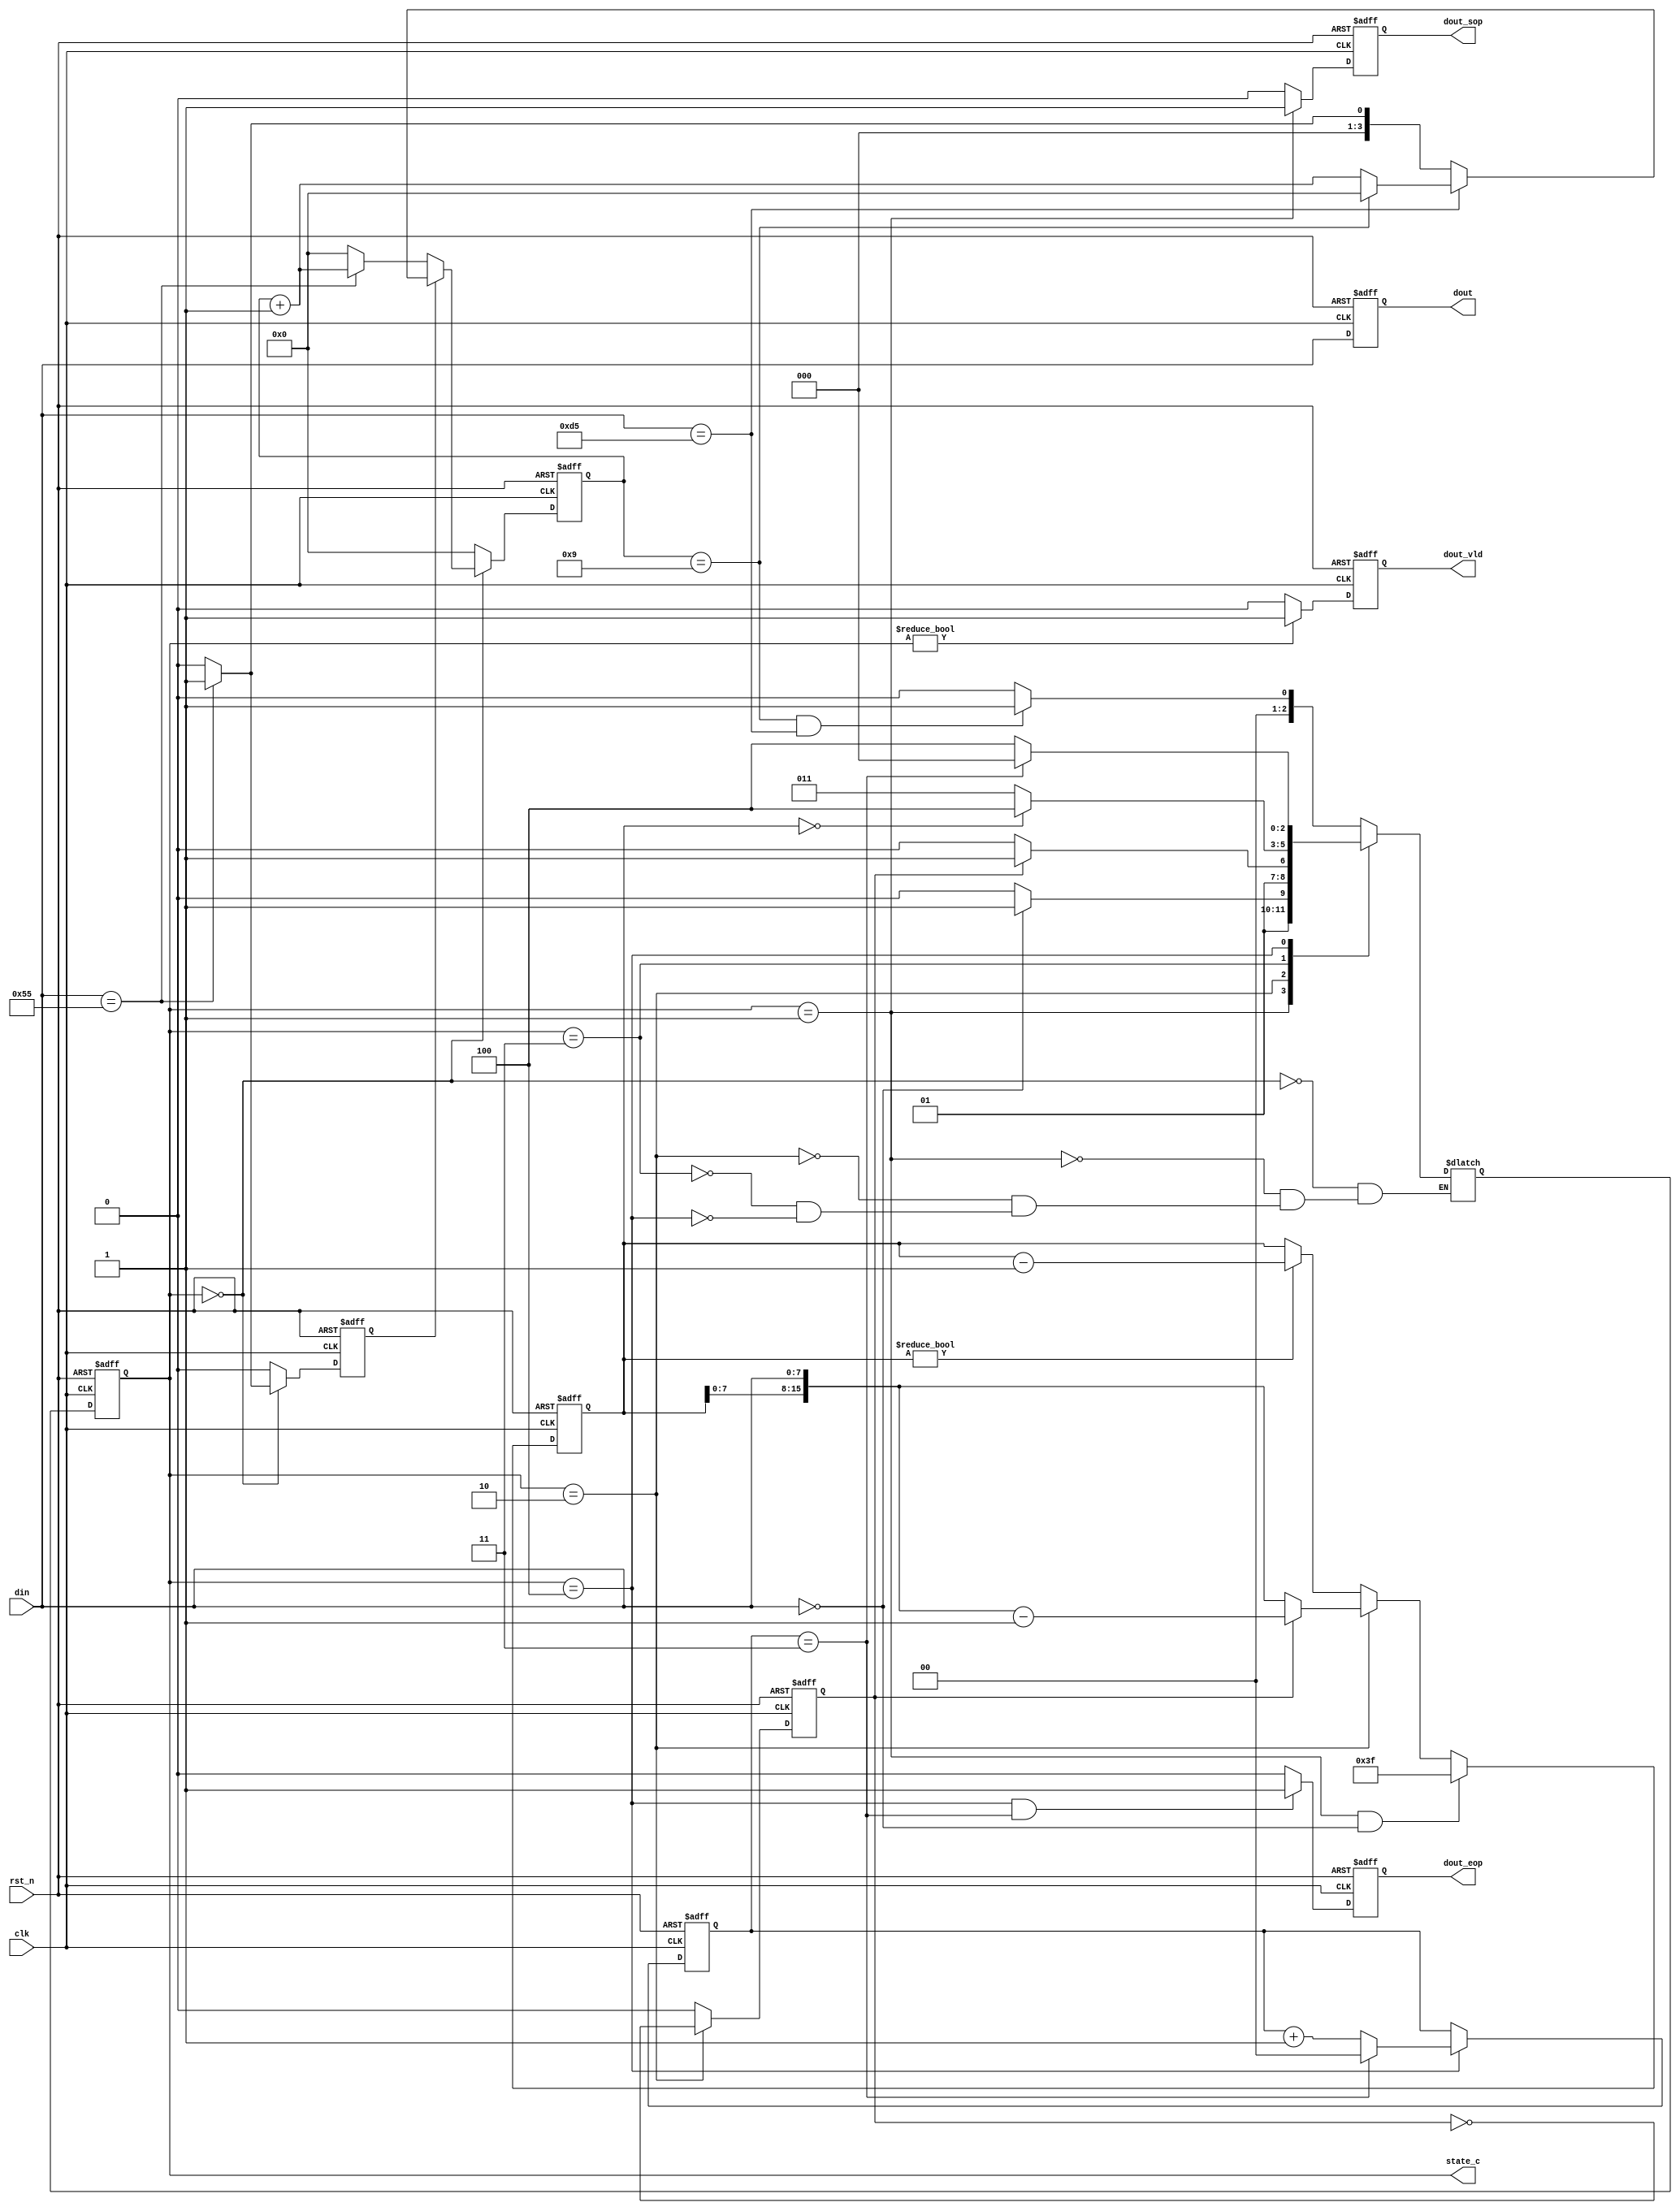
module statepack(
    clk    ,
    rst_n  ,
    din    ,

    state_c,
    dout   ,
    dout_vld,
    dout_sop,
    dout_eop
    );

    parameter      HEAD =         3'b000;
    parameter      TYPE =         3'b001;
    parameter      LEN =          3'b010;
    parameter      DATA =         3'b011;
    parameter      FCS =          3'b100;
    parameter      CTRL_PKT_LEN = 64    ;

    input               clk    ;
    input               rst_n  ;
    input[7:0]          din    ;

    output[2:0]         state_c;
    output[7:0]         dout   ;
    output              dout_vld;
    output              dout_sop;
    output              dout_eop;

    reg[2:0]         state_c;
    reg[2:0]         state_n;
    reg[3:0]         head_cnt;
    reg              head_flag;
    reg              len_cnt  ;
    reg[15:0]        data_cnt ;
    reg[1:0]         fcs_cnt  ;
    reg[7:0]         dout   ;
    reg              dout_vld;
    reg              dout_sop;
    reg              dout_eop;

 
    always@(posedge clk or negedge rst_n)begin
        if(!rst_n)begin
            state_c <= HEAD;
        end
        else begin
            state_c <= state_n;
        end
    end


    always@(*)begin
        case(state_c)
            HEAD:begin
                if(head_cnt == 9 && din == 8'hd5)begin
                    state_n = TYPE;
                end
                else begin
                    state_n = HEAD;
                end
            end
            TYPE:begin
                if(din==0)begin
                    state_n = DATA;
                end
                else begin
                    state_n = LEN;
                end
            end
            LEN:begin
                if(len_cnt==1)begin
                    state_n = DATA;
                end
                else begin             
                    state_n = LEN;
                end
            end
            DATA:begin
                if(data_cnt == 0)begin
                    state_n = FCS;
                end
                else begin
                    state_n = DATA;
                end
            end
            FCS:begin
                if(fcs_cnt==3)begin
                    state_n = HEAD;
                end
                else begin             
                    state_n = FCS;
                end
            end            
        endcase
    end

    ////////headcnt
    always @(posedge clk or negedge rst_n)begin
        if(!rst_n)begin
            head_cnt <= 0;
        end
        else if(state_c == HEAD) begin
            if(head_flag == 0) begin
                if(din == 8'h55)
                    head_cnt <= head_cnt + 1;
                else
                    head_cnt <= 0;
            end
            else if(head_flag == 1) begin
                if(din == 8'hd5) begin
                    if(head_cnt == 9)
                        head_cnt <= 0;
                    else
                        head_cnt <= head_cnt + 1;
                end
                else if(din == 8'h55) begin
                    head_cnt <= 1;
                end
                else begin
                    head_cnt <= 0;
                end
            end
        end
        else begin
            head_cnt <= 0;
        end
    end
    
    always  @(posedge clk or negedge rst_n)begin
        if(rst_n==1'b0)begin
            head_flag <= 1'b0;
        end
        else if(state_c == HEAD) begin
            if(head_flag == 1'b0) begin
                if(din == 8'h55)
                    head_flag <= 1'b1;//want d5
            end
            else begin
                if(din == 8'h55)
                    head_flag <= 1'b1;//want d5
                else
                    head_flag <= 1'b0;//want 55
            end
        end
        else begin
            head_flag <= 1'b0;
        end
    end

    /////////len cnt
    always  @(posedge clk or negedge rst_n)begin
        if(rst_n==1'b0)begin
            len_cnt <= 1'b0;
        end
        else if(state_c == LEN ) begin
            len_cnt <= ~len_cnt;
        end
        else begin
            len_cnt <= 1'b0;
        end
    end     
    
    /////////data cnt
    always  @(posedge clk or negedge rst_n)begin
        if(rst_n==1'b0)begin
            data_cnt <= 0;
        end                         
        else if(state_c == TYPE && din == 0)begin
            data_cnt <= CTRL_PKT_LEN-1;     //64-1
        end
        else if(state_c == LEN)begin
            if(len_cnt == 0) begin
                data_cnt <= {data_cnt[7:0],din};
            end
            else begin
                data_cnt <= {data_cnt[7:0],din}-1;
            end
        end
        else if(data_cnt != 0) begin
            data_cnt <= data_cnt - 1;
        end
    end

    ////////fcs cnt
    always @(posedge clk or negedge rst_n)begin
        if(!rst_n)begin
            fcs_cnt <= 0;
        end
        else if(state_c == FCS)begin
            if(fcs_cnt == 3)
                fcs_cnt <= 0;
            else
                fcs_cnt <= fcs_cnt + 1;
        end
    end


    ///////out
    always  @(posedge clk or negedge rst_n)begin
        if(rst_n==1'b0)begin
            dout <= 0;
        end
        else begin
            dout <= din;
        end
    end
    
    always  @(posedge clk or negedge rst_n)begin
        if(rst_n==1'b0)begin
            dout_vld <= 1'b0;
        end
        else if(state_c != HEAD)begin
            dout_vld <= 1'b1;
        end
        else begin
            dout_vld <= 1'b0;
        end
    end
    
    always  @(posedge clk or negedge rst_n)begin
        if(rst_n==1'b0)begin
            dout_sop <= 1'b0;
        end
        else if(state_c == TYPE)begin
            dout_sop <= 1'b1;
        end
        else begin
            dout_sop <= 1'b0;
        end
    end

    always  @(posedge clk or negedge rst_n)begin
        if(rst_n==1'b0)begin
            dout_eop <= 1'b0;
        end
        else if(state_c == FCS && fcs_cnt == 3)begin
            dout_eop <= 1'b1;
        end
        else begin
            dout_eop <= 1'b0;
        end
    end    


    endmodule